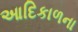
આદિકાળના